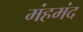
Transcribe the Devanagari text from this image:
मंहमंद